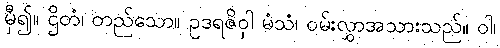
မှီ၍။ ဌိတံ၊ တည်သော။ ဥဒရဇိဝှါ မံသံ၊ ဝမ်းလွှာအသားသည်။ ဝါ၊